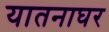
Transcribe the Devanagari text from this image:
यातनाघर